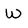
Character: W